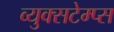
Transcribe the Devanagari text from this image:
व्युक्सटेम्प्स